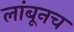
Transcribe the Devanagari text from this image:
लांबूनच